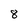
Character: 8